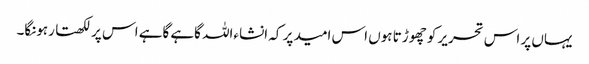
یہاں پر اس تحریر کو چھوڑتا ہوں اس امید پر کہ انشاءاللہ گاہے گاہے اس پر لکھتا رہونگا۔